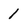
Character: 1